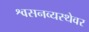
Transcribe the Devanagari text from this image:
श्वसनव्यस्थेवर